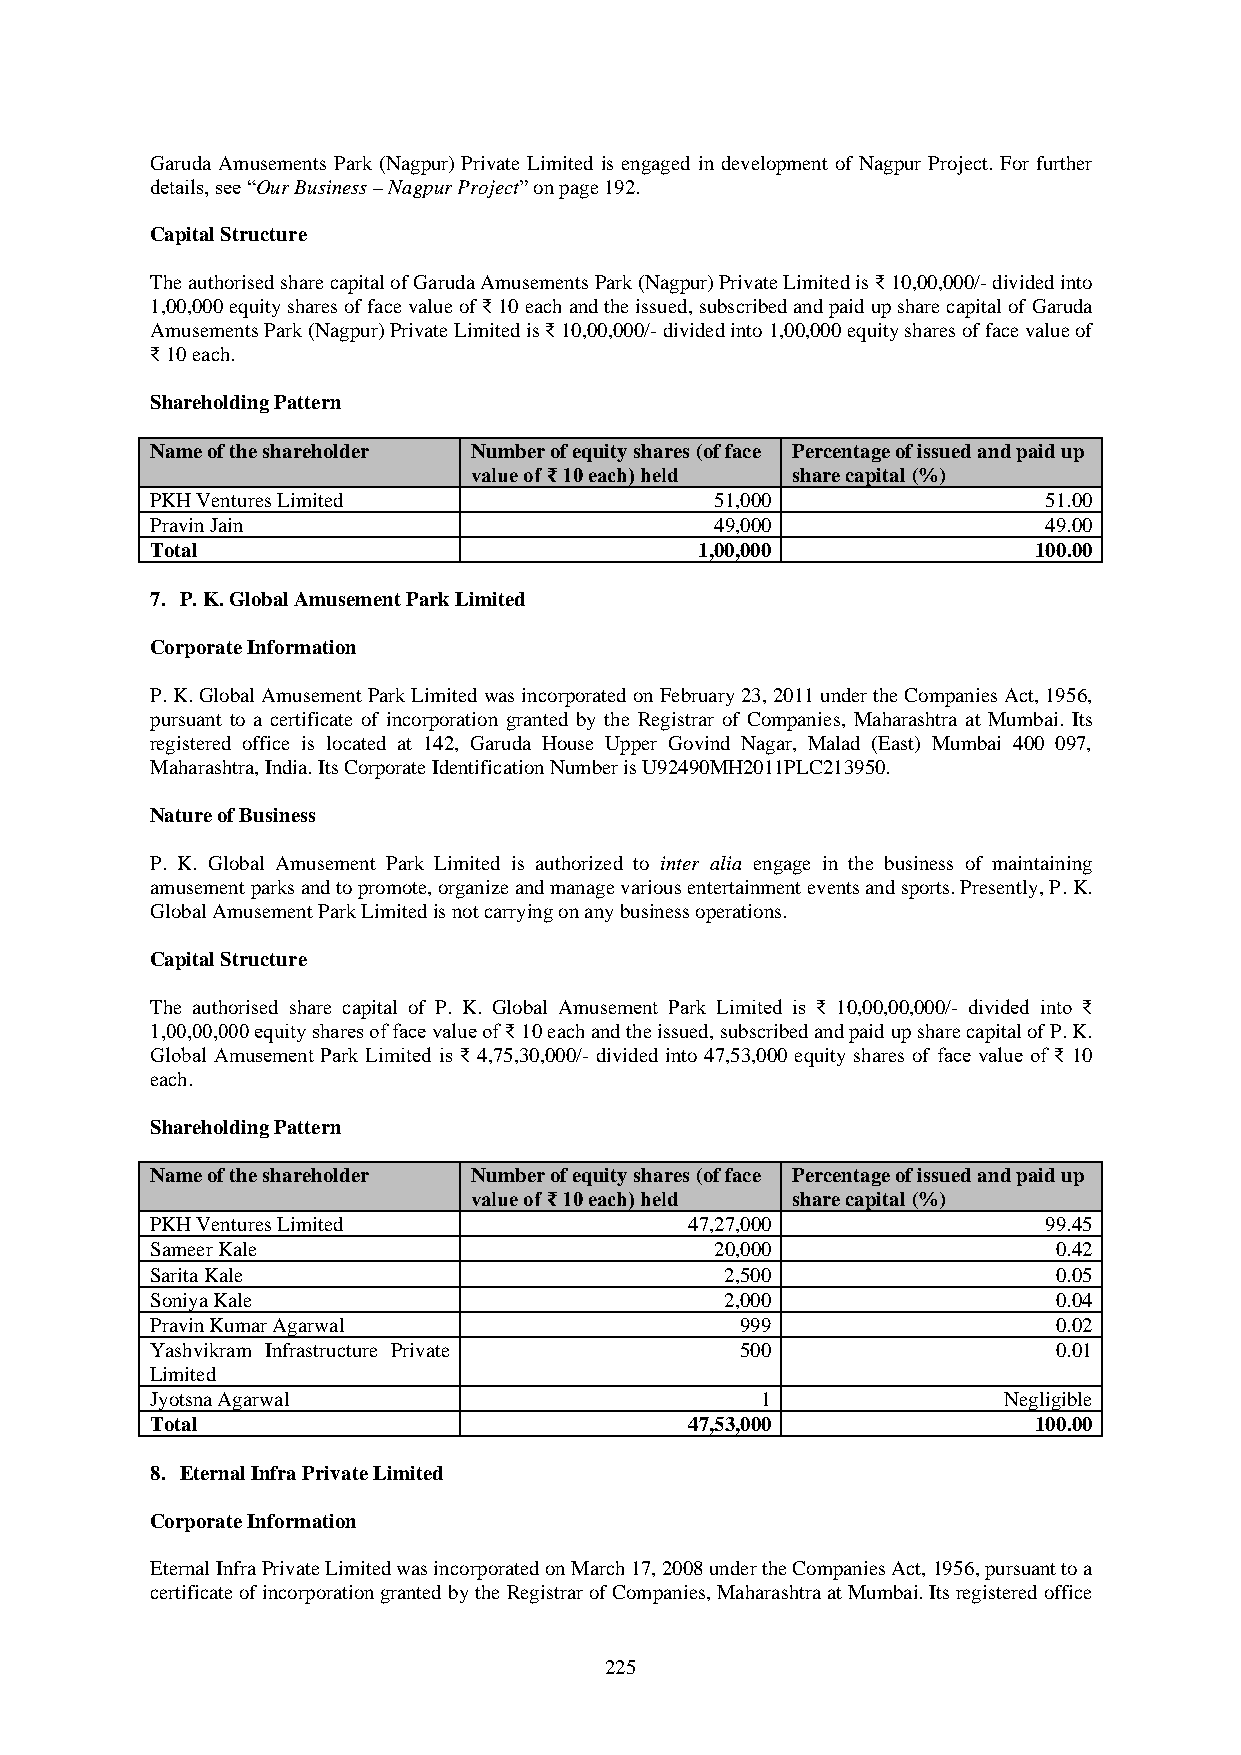
Garuda Amusements Park (Nagpur) Private Limited is engaged in development of Nagpur Project. For further
 details, see “Our Business – Nagpur Project” on page 192.
 Capital Structure
 The authorised share capital of Garuda Amusements Park (Nagpur) Private Limited is ₹ 10,00,000/- divided into
 1,00,000 equity shares of face value of ₹ 10 each and the issued, subscribed and paid up share capital of Garuda
 Amusements Park (Nagpur) Private Limited is ₹ 10,00,000/- divided into 1,00,000 equity shares of face value of
 ₹ 10 each.
 Shareholding Pattern
 Name of the shareholder Number of equity shares (of face Percentage of issued and paid up
 value of ₹ 10 each) held share capital (%)
 PKH Ventures Limited                 51,000                51.00
 Pravin Jain                          49,000                49.00
 Total                               1,00,000               100.00
 7. P. K. Global Amusement Park Limited
 Corporate Information
 P. K. Global Amusement Park Limited was incorporated on February 23, 2011 under the Companies Act, 1956,
 pursuant to a certificate of incorporation granted by the Registrar of Companies, Maharashtra at Mumbai. Its
 registered office is located at 142, Garuda House Upper Govind Nagar, Malad (East) Mumbai 400 097,
 Maharashtra, India. Its Corporate Identification Number is U92490MH2011PLC213950.
 Nature of Business
 P. K. Global Amusement Park Limited is authorized to inter alia engage in the business of maintaining
 amusement parks and to promote, organize and manage various entertainment events and sports. Presently, P. K.
 Global Amusement Park Limited is not carrying on any business operations.
 Capital Structure
 The authorised share capital of P. K. Global Amusement Park Limited is ₹ 10,00,00,000/- divided into ₹
 1,00,00,000 equity shares of face value of ₹ 10 each and the issued, subscribed and paid up share capital of P. K.
 Global Amusement Park Limited is ₹ 4,75,30,000/- divided into 47,53,000 equity shares of face value of ₹ 10
 each.
 Shareholding Pattern
 Name of the shareholder Number of equity shares (of face Percentage of issued and paid up
 value of ₹ 10 each) held share capital (%)
 PKH Ventures Limited                47,27,000              99.45
 Sameer Kale                          20,000                 0.42
 Sarita Kale                           2,500                 0.05
 Soniya Kale                           2,000                 0.04
 Pravin Kumar Agarwal                   999                  0.02
 Yashvikram Infrastructure Private      500                  0.01
 Limited
 Jyotsna Agarwal                         1               Negligible
 Total                               47,53,000              100.00
 8. Eternal Infra Private Limited
 Corporate Information
 Eternal Infra Private Limited was incorporated on March 17, 2008 under the Companies Act, 1956, pursuant to a
 certificate of incorporation granted by the Registrar of Companies, Maharashtra at Mumbai. Its registered office
 225